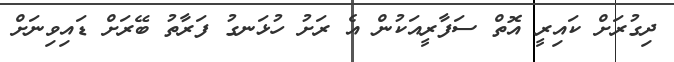
ދިގުރަށް ކައިރީ އޮތް ސަފާރީއަކުން އެ ރަށު ހުޅަނގު ފަރާތު ބޭރަށް ޑައިވިނަށް